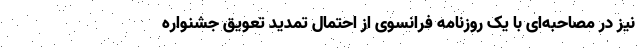
نیز در مصاحبه‌ای با یک روزنامه فرانسوی از احتمال تمدید تعویق جشنواره